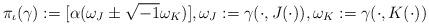
LaTeX: \begin{align*}\pi_{\iota}(\gamma):=[\alpha(\omega_{J}\pm\sqrt{-1}\omega_{K})],\omega_{J}:=\gamma(\cdot,J(\cdot)),\omega_{K}:=\gamma(\cdot,K(\cdot))\end{align*}